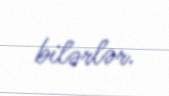
bilərlər.